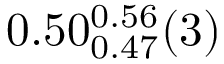
0 . 5 0 _ { 0 . 4 7 } ^ { 0 . 5 6 } ( 3 )